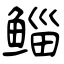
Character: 鲻